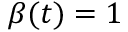
\beta ( t ) = 1